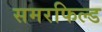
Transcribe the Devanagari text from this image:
समरफिल्ड